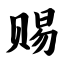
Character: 赐